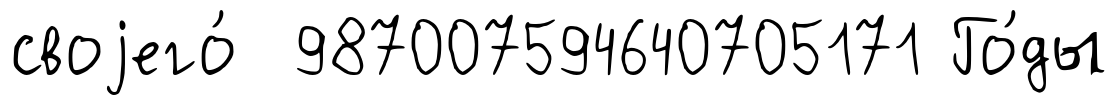
своjего́ 987007594640705171 Го́ды